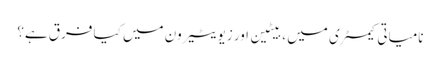
نامیاتی کیمسٹری میں ، بیٹین اور زیویٹیرون میں کیا فرق ہے؟